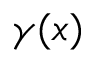
\gamma ( x )